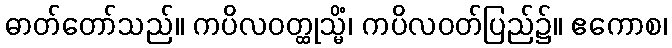
ဓာတ်တော်သည်။ ကပိလဝတ္ထုသ္မိံ၊ ကပိလဝတ်ပြည်၌။ ဧကောစ၊